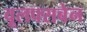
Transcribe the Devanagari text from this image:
वूलफ्सबेन